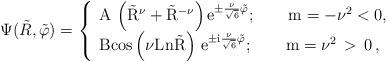
LaTeX: \begin{align*}\Psi(\tilde R,\tilde \varphi)= \left \{ \begin{array}{l}{\rm A\, \left(\tilde R^\nu + \tilde R^{-\nu} \right) e^{\pm \frac{ \nu}{\sqrt{6}}\tilde \varphi} }; \qquad {\rm m=-\nu^2<0,}\cr {\rm B cos \left(\nu Ln \tilde R \right) \, e^{\pm i\frac{\nu}{\sqrt{6}} \tilde \varphi} }; \qquad {\rm m=\nu^2} \, > \, 0 \, ,\end{array} \right.\end{align*}